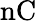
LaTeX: \mathrm{nC}